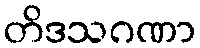
တိဒသဂဏာ